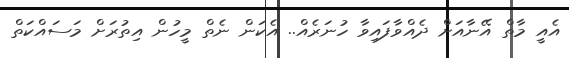
އެއީ މާތް އޭނާއަށް ދެއްވާފައިވާ ހުނަރެއް.. އެކަން ނެތް މީހުން އިތުރަށް މަސައްކަތް